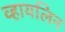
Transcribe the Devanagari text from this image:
व्हायलिन